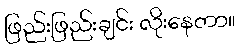
ဖြည်းဖြည်းချင်း လိုးနေတာ။